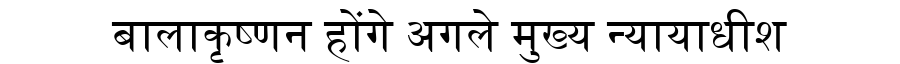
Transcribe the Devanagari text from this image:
बालाकृष्णन होंगे अगले मुख्य न्यायाधीश